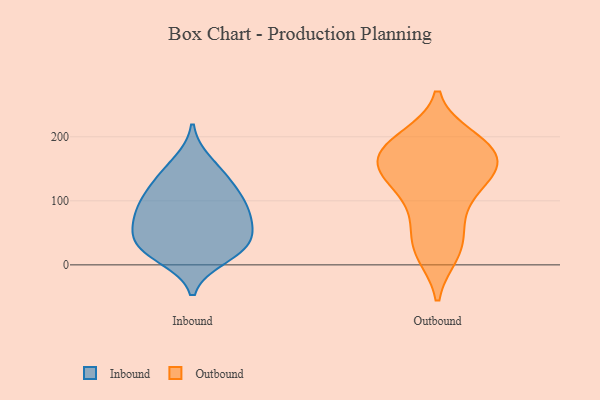
{"axis": {"x": "Headcount", "y": "Value"}, "legend": ["Inbound", "Outbound"], "data": [{"x": "", "y": 132, "type": "Inbound"}, {"x": "", "y": 72, "type": "Inbound"}, {"x": "", "y": 133, "type": "Inbound"}, {"x": "", "y": 102, "type": "Inbound"}, {"x": "", "y": 35, "type": "Inbound"}, {"x": "", "y": 103, "type": "Inbound"}, {"x": "", "y": 23, "type": "Inbound"}, {"x": "", "y": 51, "type": "Inbound"}, {"x": "", "y": 161, "type": "Inbound"}, {"x": "", "y": 23, "type": "Inbound"}, {"x": "", "y": 81, "type": "Inbound"}, {"x": "", "y": 81, "type": "Inbound"}, {"x": "", "y": 44, "type": "Inbound"}, {"x": "", "y": 11, "type": "Inbound"}, {"x": "", "y": 73, "type": "Outbound"}, {"x": "", "y": 129, "type": "Outbound"}, {"x": "", "y": 189, "type": "Outbound"}, {"x": "", "y": 24, "type": "Outbound"}, {"x": "", "y": 138, "type": "Outbound"}, {"x": "", "y": 189, "type": "Outbound"}, {"x": "", "y": 197, "type": "Outbound"}, {"x": "", "y": 74, "type": "Outbound"}, {"x": "", "y": 120, "type": "Outbound"}, {"x": "", "y": 152, "type": "Outbound"}, {"x": "", "y": 176, "type": "Outbound"}, {"x": "", "y": 177, "type": "Outbound"}, {"x": "", "y": 27, "type": "Outbound"}, {"x": "", "y": 144, "type": "Outbound"}, {"x": "", "y": 148, "type": "Outbound"}, {"x": "", "y": 178, "type": "Outbound"}, {"x": "", "y": 18, "type": "Outbound"}]}